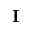
\mathbf { I }